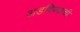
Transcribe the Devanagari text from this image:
अडविण्याची